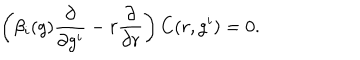
LaTeX: \left( \beta _ { i } ( g ) \frac { \partial } { \partial g ^ { i } } - r \frac { \partial } { \partial r } \right) C ( r , g ^ { i } ) = 0 .